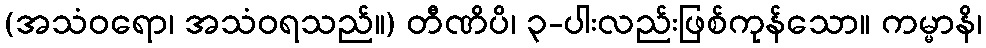
(အသံဝရော၊ အသံဝရသည်။) တီဏိပိ၊ ၃-ပါးလည်းဖြစ်ကုန်သော။ ကမ္မာနိ၊